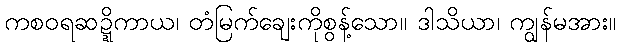
ကစဝရဆဍ္ဍိကာယ၊ တံမြက်ချေးကိုစွန့်သော။ ဒါသိယာ၊ ကျွန်မအား။